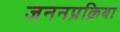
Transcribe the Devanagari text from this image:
जननप्रक्रिया